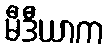
မီဒီယာက